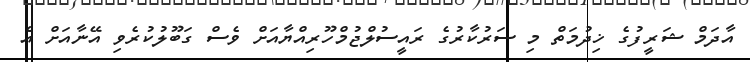
އާދަމް ޝަރީފުގެ ޚިދުމަތް މި ސަރުކާރުގެ ރައީސުލްޖުމްހޫރިއްޔާއަށް ވެސް ގަބޫލުކުރެވި އޭނާއަށް އެ